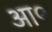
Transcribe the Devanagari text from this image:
आ०